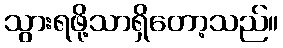
သွားရဖို့သာရှိတော့သည်။